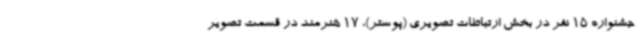
جشنواره 15 نفر در بخش ارتباطات تصویری (پوستر)، 17 هنرمند در قسمت تصویر